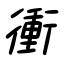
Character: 衝